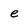
Character: e